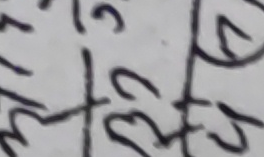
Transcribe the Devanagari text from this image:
म२२